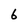
Character: 6